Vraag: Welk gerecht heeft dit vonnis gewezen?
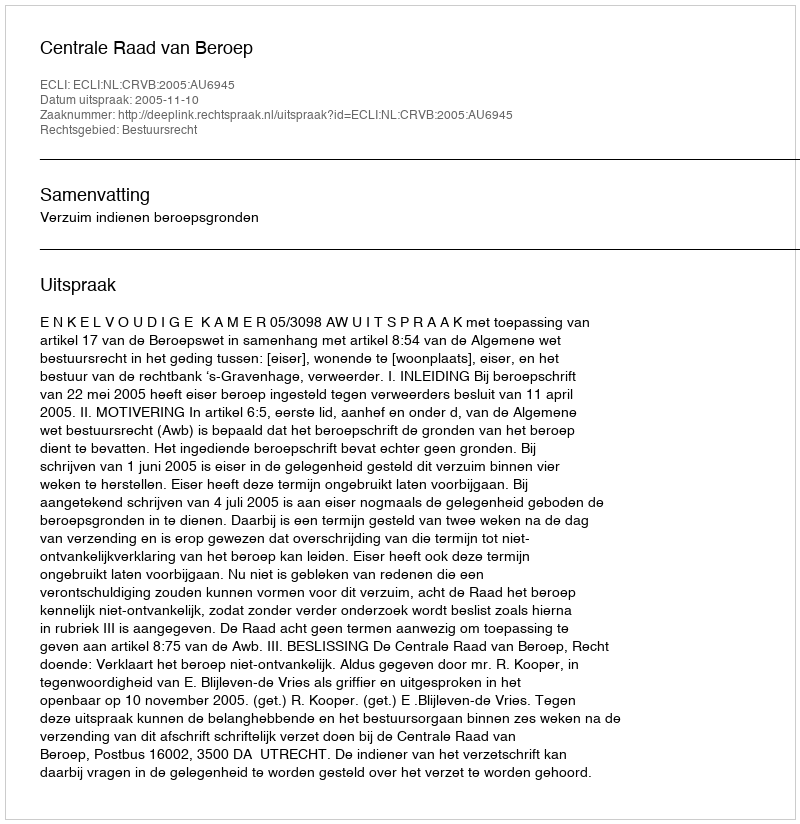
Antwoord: Centrale Raad van Beroep